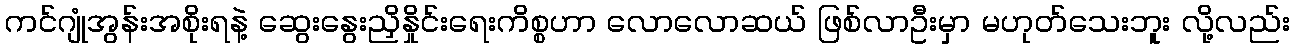
ကင်ဂျုံအွန်းအစိုးရနဲ့ ဆွေးနွေးညှိနှိုင်းရေးကိစ္စဟာ လောလောဆယ် ဖြစ်လာဦးမှာ မဟုတ်သေးဘူး လို့လည်း